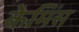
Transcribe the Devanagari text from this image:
केमिंस